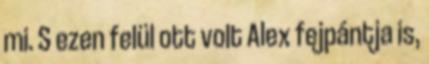
mi. S ezen felül ott volt Alex fejpántja is,